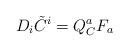
LaTeX: \begin{align*}D_i \tilde C^i= Q_C^a F_a\end{align*}